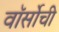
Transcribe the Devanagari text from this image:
वॉर्सोची